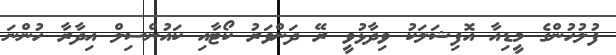
ފުލުހުންގެ މީޑިއާ އޮފިޝަލަކު ވިދާޅުވީ ރޭ ދަންވަރު ކޯޓާއި ކައުންސިލް އިދާރާ ހުންނަ